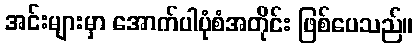
အင်းများမှာ အောက်ပါပုံစံအတိုင်း ဖြစ်ပေသည်။